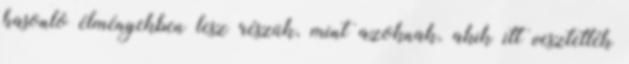
hasonló élményekben lesz részük, mint azoknak, akik itt vesztették